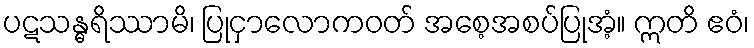
ပဋသန္ဓရိဿာမိ၊ ပြုငှာလောကဝတ် အစေ့အစပ်ပြုအံ့။ ဣတိ ဧဝံ၊